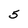
Character: 5